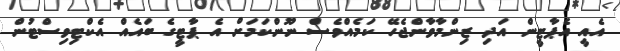
އެއީ އެޕާޓީން އަދި ޒިންމާވާންޖެހޭ ކަމެއްވެސް ނޫންކަމަށް އެ ޕާޓީގެ ބައެއް އެކްޓިވިސްޓުން